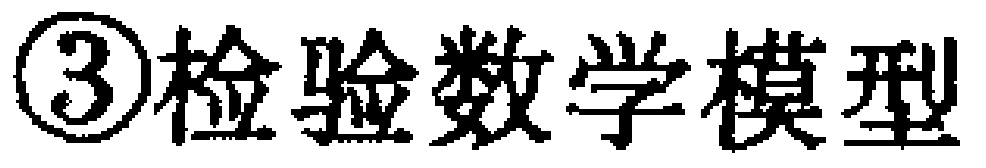
\textcircled{3}检验数学模型